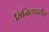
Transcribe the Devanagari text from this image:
मिनिटापर्यंत